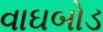
વાઘબોડ